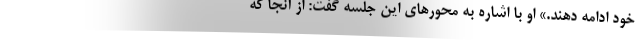
خود ادامه دهند.» او با اشاره به محورهای این جلسه گفت: از آنجا که